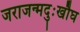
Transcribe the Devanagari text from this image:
जराजन्मदुःखौघ